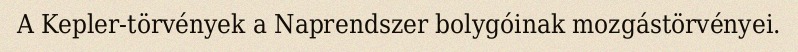
A Kepler-törvények a Naprendszer bolygóinak mozgástörvényei.